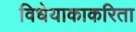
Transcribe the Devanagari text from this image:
विधेयाकाकरिता